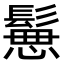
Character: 𩮪